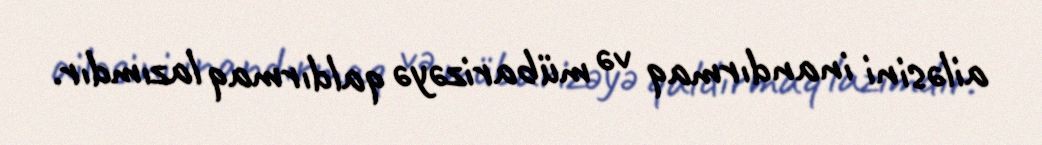
ailəsini inandırmaq və mübarizəyə qaldırmaq lazımdır.